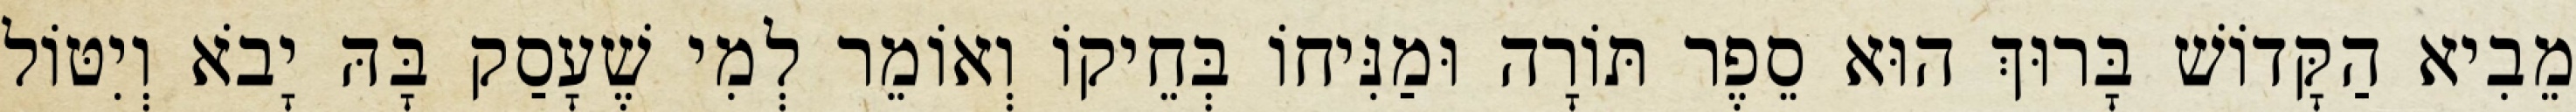
מֵבִיא הַקָּדוֹשׁ בָּרוּךְ הוּא סֵפֶר תּוֹרָה וּמַנִּיחוֹ בְּחֵיקוֹ וְאוֹמֵר לְמִי שֶׁעָסַק בָּהּ יָבֹא וְיִטּוֹל